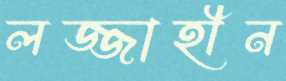
লজ্জাহীন